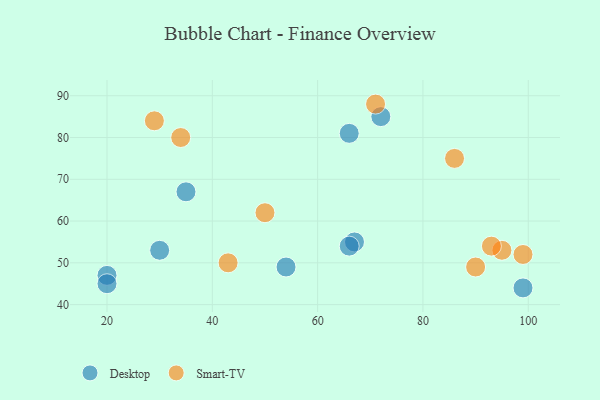
{"axis": {"x": "GDP", "y": "Life Expectancy"}, "legend": ["Desktop", "Smart-TV"], "data": [{"x": "99", "y": 44, "type": "Desktop"}, {"x": "72", "y": 85, "type": "Desktop"}, {"x": "66", "y": 81, "type": "Desktop"}, {"x": "67", "y": 55, "type": "Desktop"}, {"x": "20", "y": 47, "type": "Desktop"}, {"x": "30", "y": 53, "type": "Desktop"}, {"x": "54", "y": 49, "type": "Desktop"}, {"x": "35", "y": 67, "type": "Desktop"}, {"x": "66", "y": 54, "type": "Desktop"}, {"x": "20", "y": 45, "type": "Desktop"}, {"x": "29", "y": 84, "type": "Smart-TV"}, {"x": "95", "y": 53, "type": "Smart-TV"}, {"x": "50", "y": 62, "type": "Smart-TV"}, {"x": "34", "y": 80, "type": "Smart-TV"}, {"x": "90", "y": 49, "type": "Smart-TV"}, {"x": "99", "y": 52, "type": "Smart-TV"}, {"x": "71", "y": 88, "type": "Smart-TV"}, {"x": "43", "y": 50, "type": "Smart-TV"}, {"x": "93", "y": 54, "type": "Smart-TV"}, {"x": "86", "y": 75, "type": "Smart-TV"}]}